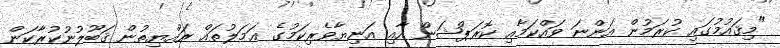
"މިޤައުމުގައި ކުރަމުން އަންނަ ވައްކަމާއި ކޮރަޕްޝަން އާއި އަނިޔާވެރިކަމުގެ ޢަމަލުތައް ރައްޔިތުން ޤަބޫލުނުކުރާކަން